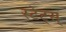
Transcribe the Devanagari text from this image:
स्टेट्स्